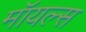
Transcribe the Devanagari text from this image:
मॉयल्स